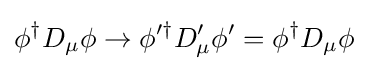
\phi ^{\dagger }D_{\mu }\phi \rightarrow \phi '^{\dagger }D'_{\mu }\phi '=\phi ^{\dagger }D_{\mu }\phi